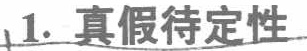
1. 真假待定性